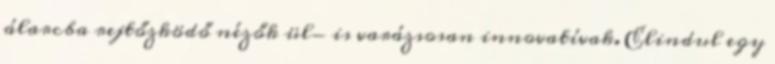
álarcba rejtőzködő nézők ül- is varázsosan innovatívak. Elindul egy